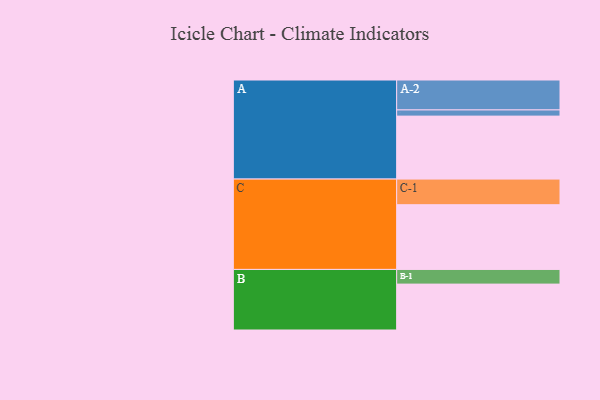
{"axis": {"x": "Segment", "y": "Value"}, "legend": ["", "A", "B", "C"], "data": [{"x": "A", "y": 528, "type": ""}, {"x": "B", "y": 385, "type": ""}, {"x": "C", "y": 543, "type": ""}, {"x": "A-1", "y": 52, "type": "A"}, {"x": "A-2", "y": 251, "type": "A"}, {"x": "B-1", "y": 123, "type": "B"}, {"x": "C-1", "y": 215, "type": "C"}]}